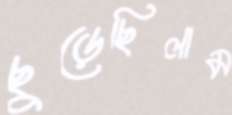
ছুড়েছিলাম